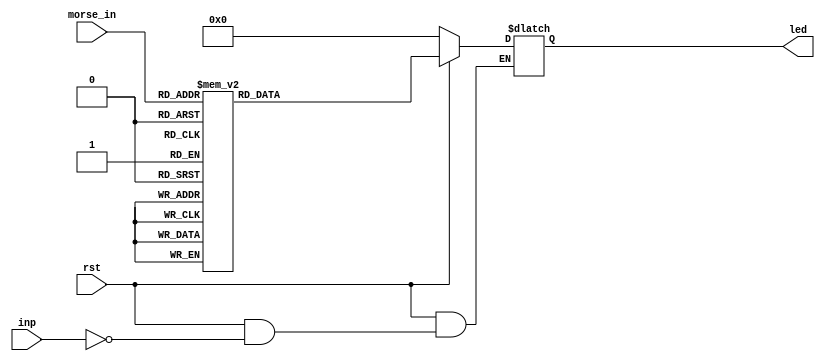
module sevenseg (
input rst,
input [4:0] morse_in,
input  inp,
output reg [6:0] led
);

    parameter A_m = 0;
    parameter B_m = 1;
    parameter C_m = 2;
    parameter D_m = 3;
    parameter E_m = 4;
    parameter F_m = 5;
    parameter G_m = 6;
    parameter H_m = 7;
    parameter I_m = 8;
    parameter J_m = 9;
    parameter K_m = 10;
    parameter L_m = 11;
    parameter M_m = 12;
    parameter N_m = 13;
    parameter O_m = 14;
    parameter P_m = 15;
    parameter Q_m = 16;
    parameter R_m = 17;
    parameter S_m = 18;
    parameter T_m = 19;
    parameter U_m = 20;
    parameter V_m = 21;
    parameter W_m = 22;
    parameter X_m = 23;
    parameter Y_m = 24;
    parameter Z_m = 25;

always @(*)
if(!rst)
	begin
		led = 7'b0000000;
	end
else
 begin
  if(inp)
		begin
			case(morse_in)
				A_m:led=7'b0001000;   
				B_m:led=7'b0000011;  
				C_m:led=7'b1000110;          
				D_m:led=7'b0100001; 
				E_m:led=7'b0000110; 
				F_m:led=7'b0001110;  
				G_m:led=7'b1000010; 
				H_m:led=7'b0001011; 
				I_m:led=7'b1001111; 
				J_m:led=7'b1100001; 
				K_m:led=7'b0001001;
				L_m:led=7'b1000111;
				M_m:led=7'b1101010;
				N_m:led=7'b0101011;
				O_m:led=7'b1000000;
				P_m:led=7'b0001100;
				Q_m:led=7'b0011000;
				R_m:led=7'b0001000; 
				S_m:led=7'b0010010; 	
				T_m:led=7'b0000111;  
				U_m:led=7'b1000001;
				V_m:led=7'b1100011;
				W_m:led=7'b1010101;
				X_m:led=7'b0001001;
				Y_m:led=7'b0010001;
				Z_m:led=7'b0100100;
				default:led=7'b1111111;	
			endcase
		end
 end
endmodule